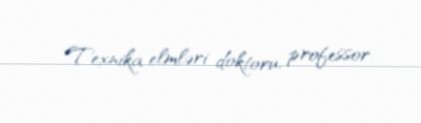
Texnika elmləri doktoru, professor.